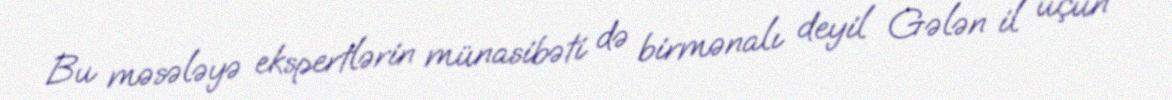
Bu məsələyə ekspertlərin münasibəti də birmənalı deyil Gələn il üçün